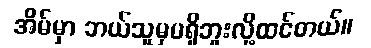
အိမ်မှာ ဘယ်သူမှမရှိဘူးလို့ထင်တယ်။